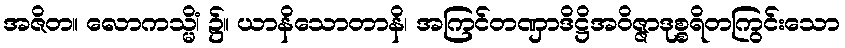
အဇိတ။ လောကသ္မိံ၊ ၌။ ယာနိသောတာနိ၊ အကြင်တဏှာဒိဋ္ဌိအဝိဇ္ဇာဒုစ္စရိတကြွင်းသော